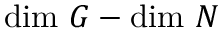
\mathrm { d i m } \ G - \mathrm { d i m } \ N